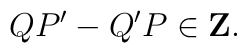
QP^{\prime}-Q^{\prime}P\in{\bf Z}.